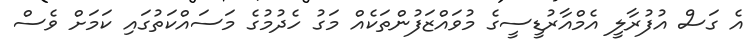
އެ ގަސް އުފުރާލީ އެމްއާރުޑީސީގެ މުވައްޒަފުންތަކެއް މަގު ހެދުމުގެ މަސައްކަތުގައި ކަމަށް ވެސް